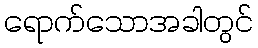
ရောက်သောအခါတွင်